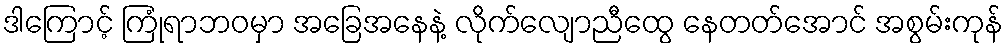
ဒါကြောင့် ကြုံရာဘဝမှာ အခြေအနေနဲ့ လိုက်လျောညီထွေ နေတတ်အောင် အစွမ်းကုန်